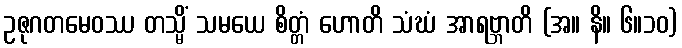
ဥဇုဂတမေဝဿ တသ္မိံ သမယေ စိတ္တံ ဟောတိ သံဃံ အာရဗ္ဘာတိ (အ။ နိ။ ၆။၁၀)